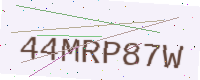
Text: 44MRP87W